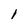
Character: 1